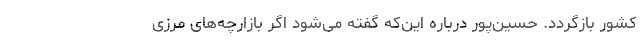
کشور بازگردد. حسین‌پور درباره این‌که گفته می‌شود اگر بازارچه‌های مرزی